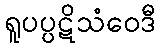
ရူပပ္ပဋိသံဝေဒီ